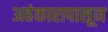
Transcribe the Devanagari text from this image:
अहंकारापासून